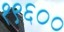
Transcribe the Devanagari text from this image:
१९६००